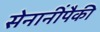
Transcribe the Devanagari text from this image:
सेनानींपैकी